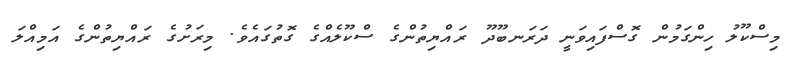
މިސްކޫލު ހިންގަމުން ގޮސްފައިވަނީ ދަރަނބޫދޫ ރައްޔިތުންގެ ސްކޫލެއްގެ ގޮތުގައެވެ. މިރަށުގެ ރައްޔިތުންގެ އަމިއްލަ